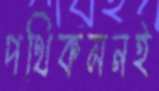
পথিকমনই